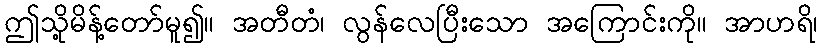
ဤသို့မိန့်တော်မူ၍။ အတီတံ၊ လွန်လေပြီးသော အကြောင်းကို။ အာဟရိ၊